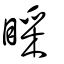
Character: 睬